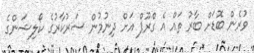
ވުރެން ބޮޑަށް ބާރު ތައް އެ ގްރޫޕް އަށް ދިނުމުން ސަރުކާރުގެ ކޯލިޝަންގެ